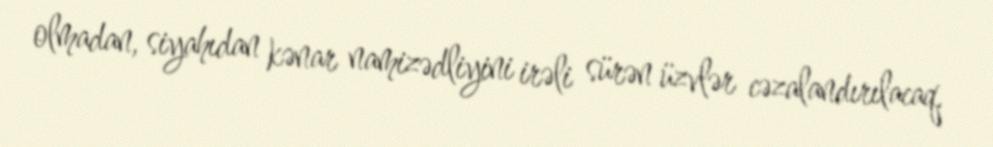
olmadan, siyahıdan kənar namizədliyini irəli sürən üzvlər cəzalandırılacaq.